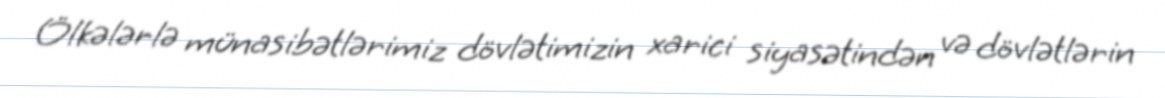
Ölkələrlə münasibətlərimiz dövlətimizin xarici siyasətindən və dövlətlərin